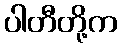
ပါတီတို့က